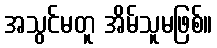
အသွင်မတူ အိမ်သူမဖြစ်။